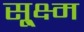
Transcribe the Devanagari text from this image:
सू्क्ष्म